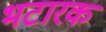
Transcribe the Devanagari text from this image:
भटारक